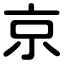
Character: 京